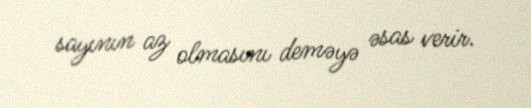
sayının az olmasını deməyə əsas verir.